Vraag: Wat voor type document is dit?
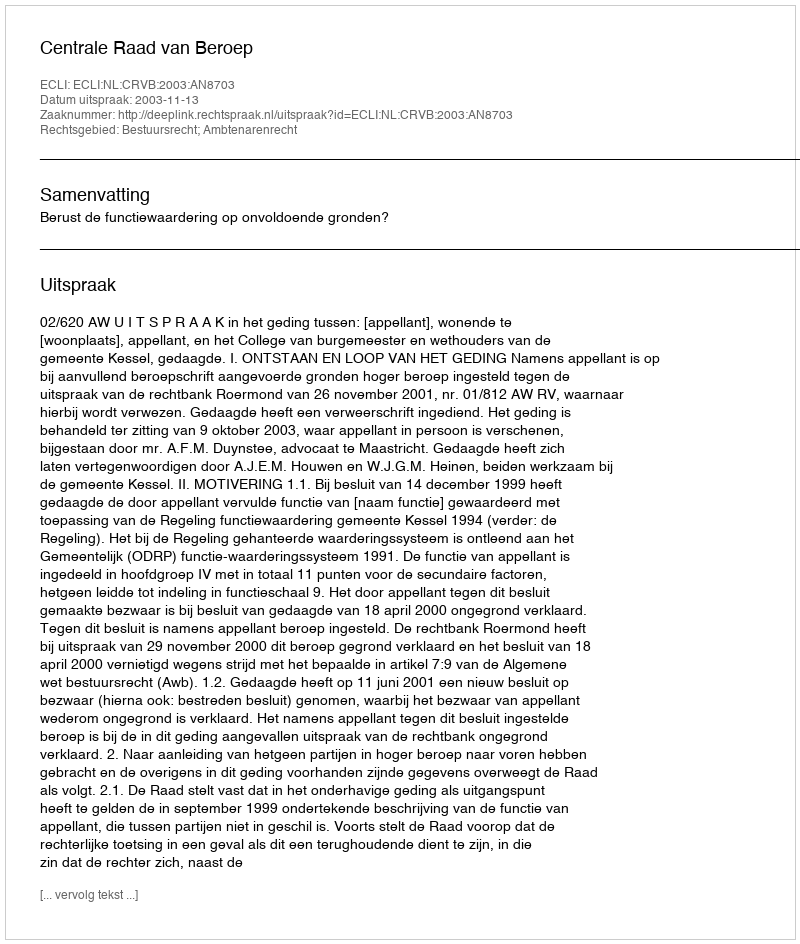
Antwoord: Uitspraak